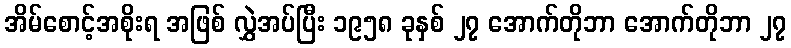
အိမ်စောင့်အစိုးရ အဖြစ် လွှဲအပ်ပြီး ၁၉၅၈ ခုနှစ် ၂၇ အောက်တိုဘာ အောက်တိုဘာ ၂၇